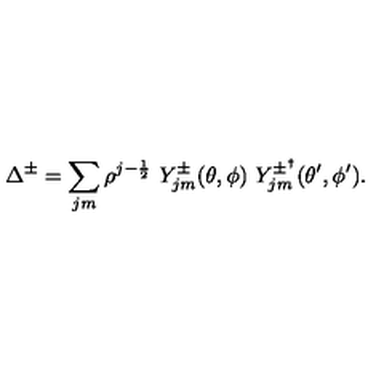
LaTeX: \Delta ^ { \pm } = \sum _ { j m } \rho ^ { j - \frac { 1 } { 2 } } \ Y _ { j m } ^ { \pm } ( \theta , \phi ) \ Y _ { j m } ^ { \pm ^ { \dagger } } ( \theta ^ { \prime } , \phi ^ { \prime } ) .